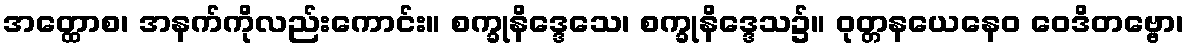
အတ္ထောစ၊ အနက်ကိုလည်းကောင်း။ စက္ခုနိဒ္ဒေသေ၊ စက္ခုနိဒ္ဒေသ၌။ ဝုတ္တနယေနေဝ ဝေဒိတဗ္ဗော၊